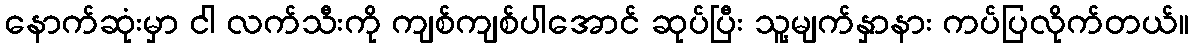
နောက်ဆုံးမှာ ငါ လက်သီးကို ကျစ်ကျစ်ပါအောင် ဆုပ်ပြီး သူ့မျက်နှာနား ကပ်ပြလိုက်တယ်။